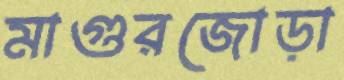
মাগুরজোড়া